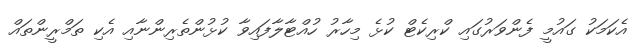
އެކަމަކު ގައުމީ ފެންވަރުގައި ކްރިކެޓް ކުޅެ މިހާރު ހުއްޓާލާފައިވާ ކުޅުންތެރިންނާއި އެކި ތަމްރީންތައް